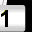
Digit: 1